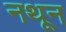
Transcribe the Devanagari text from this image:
नथून